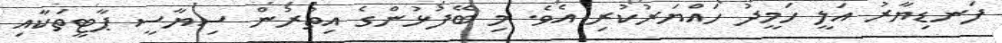
ފަނޑިޔާރު އަލީ ހަމީދު ހައްޔަރުކުރި އެވެ. މި ބޭފުޅުންގެ އިތުރުން ސިޔާސީ ޕާޓީތަކާއި